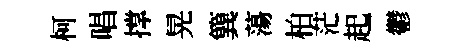
柯唱撑晃簨蕩柏茫起鬱